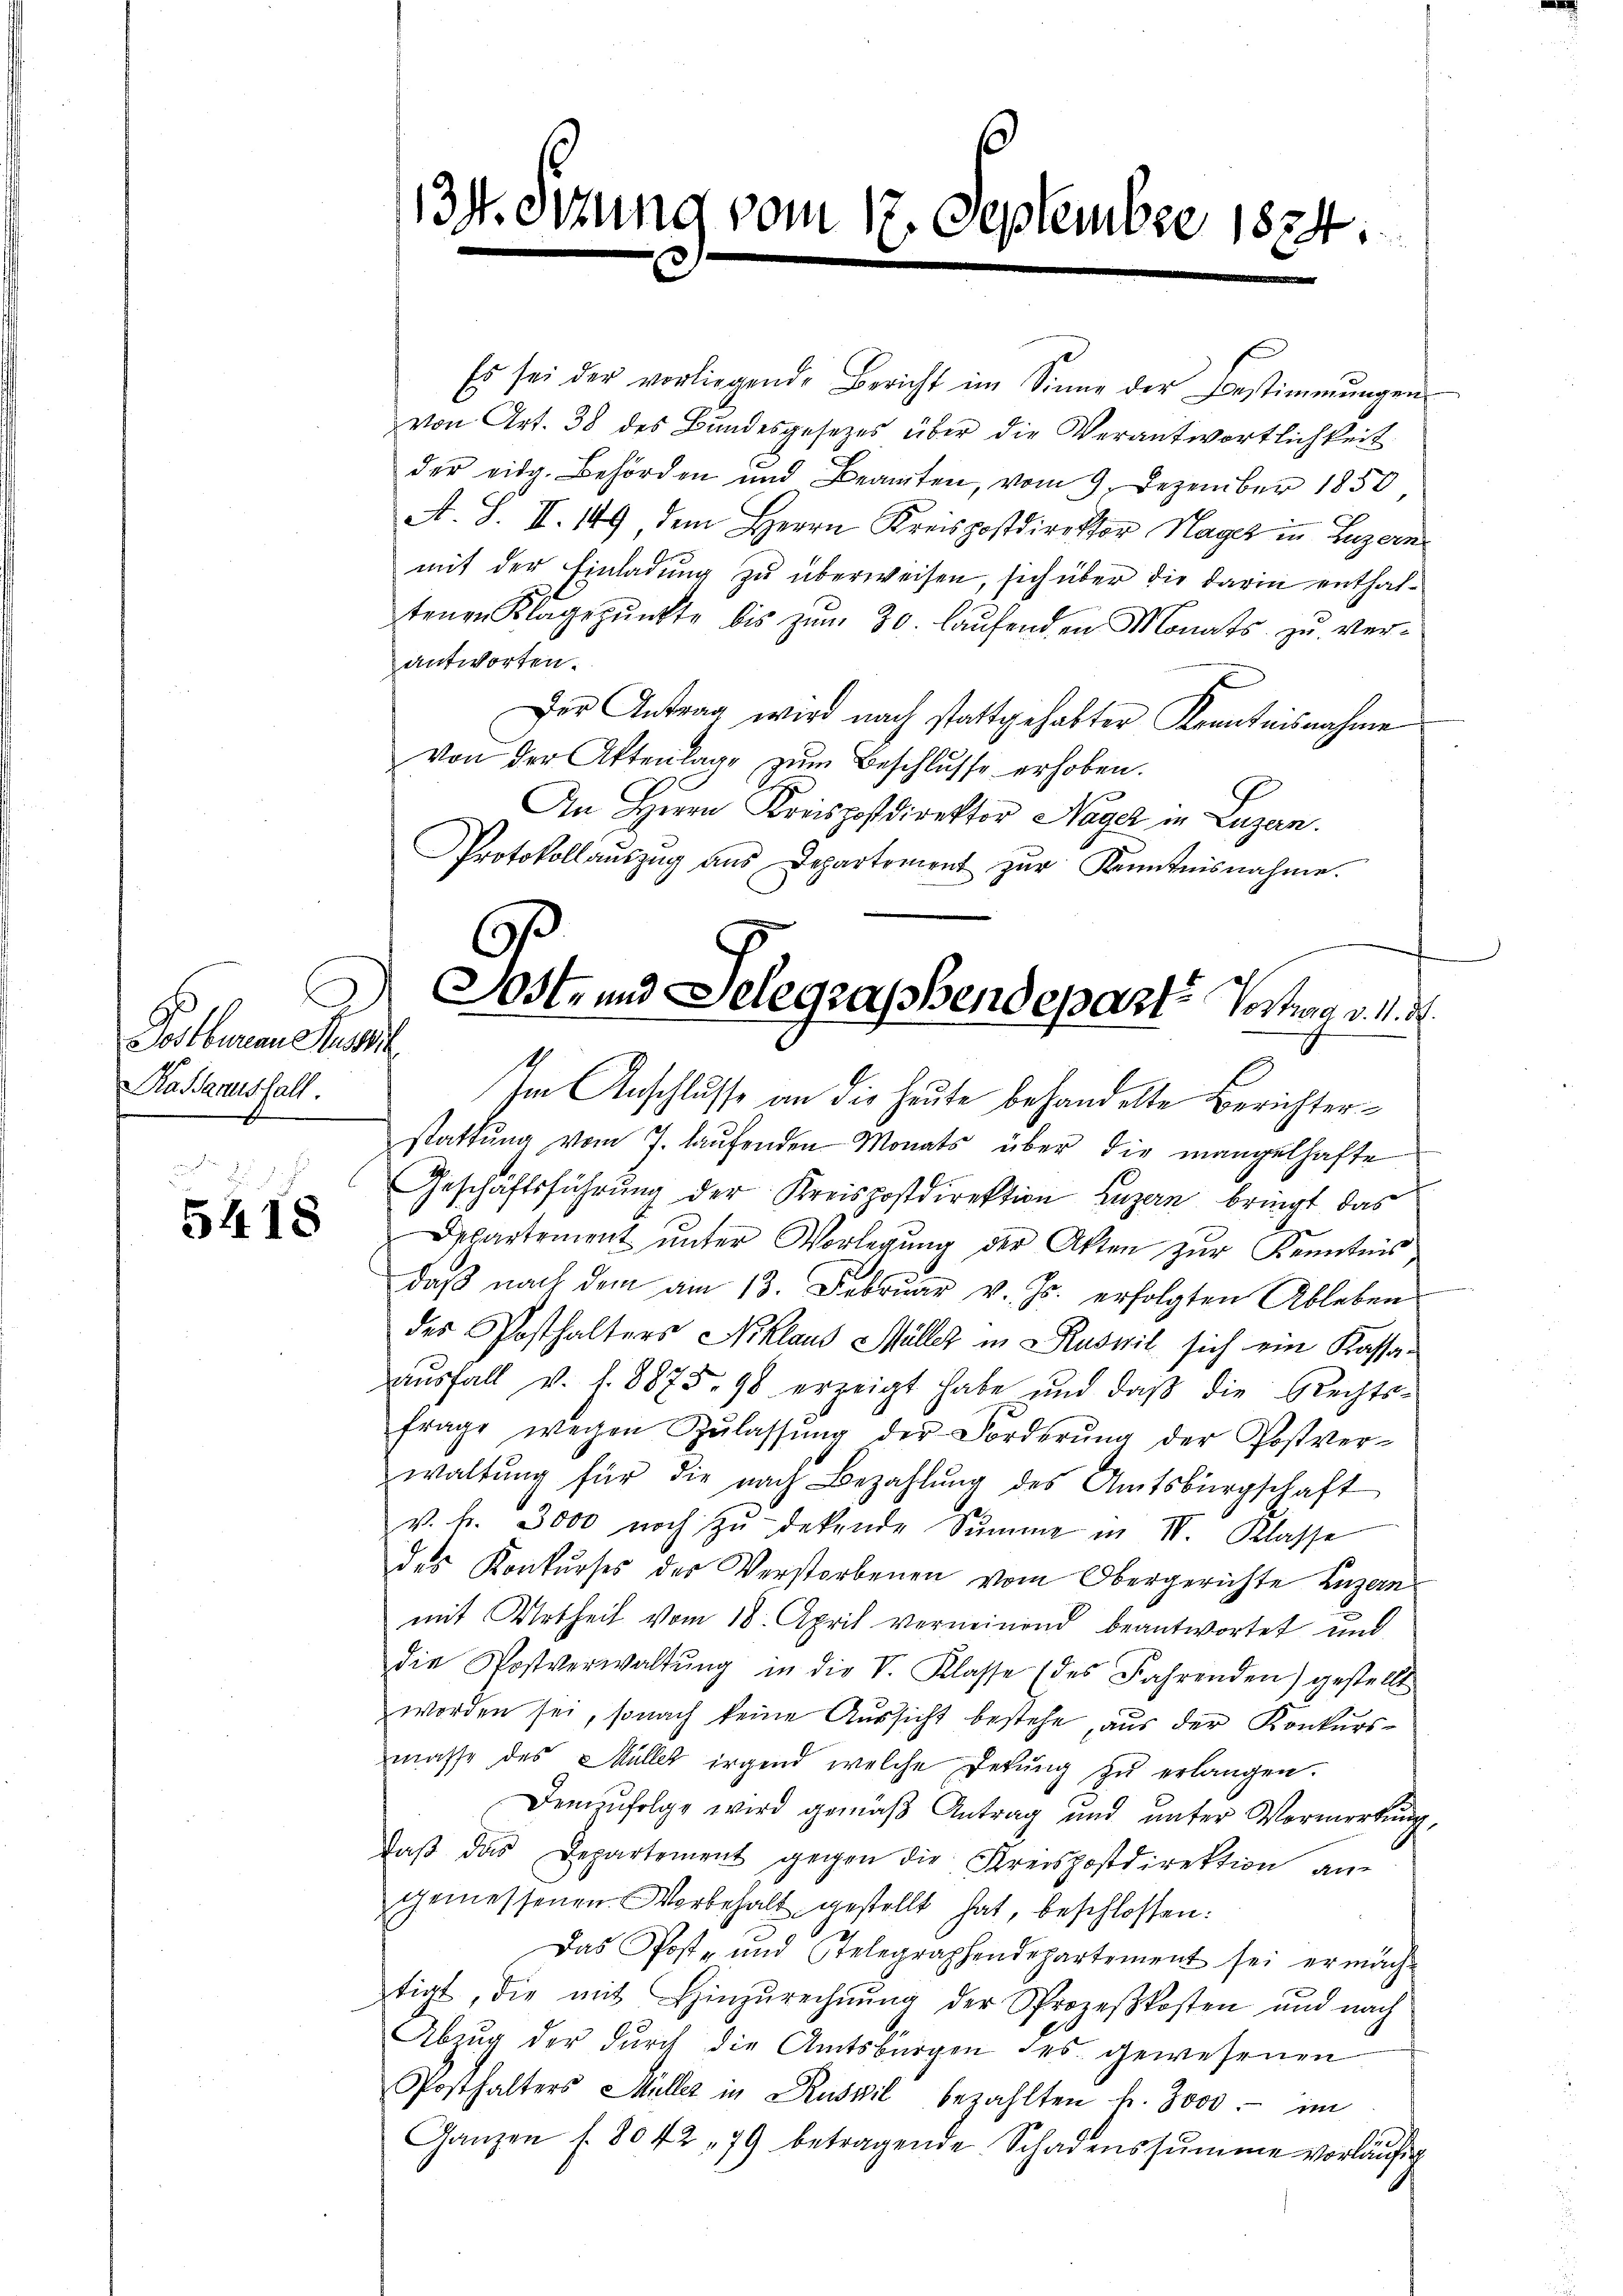
Postbureau Aussch
Ra Banusfall.

5418

Es sei der vorliegende Bericht im Sinne der Bestimmungen
von Art. 38 des Bundesgesetzes über die Verantwortlichkeit
der eidg. Behörden und Beamten, vom 9. Dezember 1850
A. S. II. 149, dem Herrn Kreispostdirektor Hager in Luzern
mit der Einladung zu überweisen, sich über die darin enthaltenen Klagepŭnkte bis zŭm 30. laŭfenden Monats zŭ ver-
antworten.
Der Antrag wird nach stattgehalter Krentnisnahme
von der Aktenlage zŭm Beschlŭsse erhoben.
An Herrn Kreispostdirektor Nager in Lugan.
Protokollaŭszŭg ans Departement zŭr Kenntnisnahme.
Im Anschlusse an die heute behandelte Berichterstattung vom 7. laŭfenden Monats über die mangelhafte
Geschäftsführung der Kreispostdirektion Luzern bringt das
Departement ŭnter Vorlegŭng der Akten zur Kenntnis
daβ nach dem am 13. Februar v. Js. erfolgten Ableben
des Posthalters Niklaus Müller in Ruswil sich ein Kassaaŭsfall v. f. 8875. 98 erzeigt habe und daβ die Rechts-
frage wegen Zŭlassŭng der Forderŭng der Postver-
waltŭng für die nach Bezahlŭng des Amtsbürgschaft
v. fr. 3000 noch zŭ dekende Summe in IV. Klasse
des Konkurses der Verstorbenen vom Obergerichte Luzern
mit Urtheil vom 18. April verneinend beantwortet und
die Postverwaltŭng in die V. Klasse (des Fahrenden) gestellt.
worden sei, sonach keine Aŭssicht bestehe, aus der Konkurs-
masse des Müller irgend welche Dekŭng zŭ erlangen.
Demzufolge wird gemäß Antrag und unter Vormerkung,
daβ das Departement gegen die Kreispostdirektion an-
gemessenen Worbehalt gestellt hat, beschlossen:
Das Post- und Stelegraphendepartement sei ermäch-
tigt, die mit Hinzurechnŭng der Sprozeßkosten und nach
Abung der durch die Amtsbürgen des gewesenen
Posthalters Müller in Ruswil bezahlten u. 3000.- im
Ganzen f. 8042 79 betragende Schadenssumme vorläŭfig
1

13. Otzung vom 17. September 1834.
¬

Sost- und Selegrassendeparte Vortrag v. 4. d.